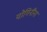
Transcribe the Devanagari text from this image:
योगिनींना